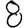
Digit: 8